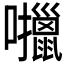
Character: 𫬶